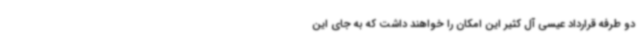
دو طرفه قرارداد عیسی آل کثیر این امکان را خواهند داشت که به جای این